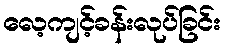
လေ့ကျင့်ခန်းလုပ်ခြင်း